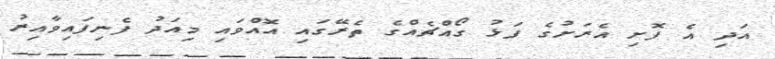
އަދި އެ ފޮށި އެރަށުގެ ފަޅު ގޯއްޗެއްގެ ތެރޭގައި އޮއްވައި މިއަދު ފެނިފައިވާއިރު